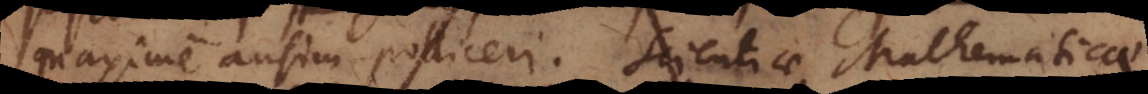
maxime ausim polliceri. Scientiae Mathematicae